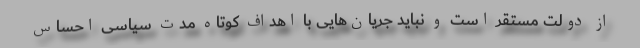
از دولت مستقر است و نباید جریان‌هایی با اهداف کوتاه‌ مدت سیاسی احساس